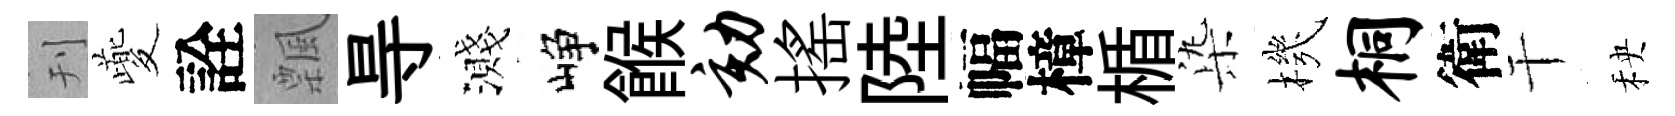
刊夔詮飄㝵濺峥餱劾揺陸幅樟楯𣑱機桐衛干秧